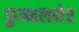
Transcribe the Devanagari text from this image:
कुम्भलमेर